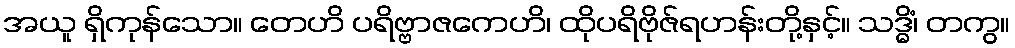
အယူ ရှိကုန်သော။ တေဟိ ပရိဗ္ဗာဇကေဟိ၊ ထိုပရိဗိုဇ်ရဟန်းတို့နှင့်။ သဒ္ဓိံ၊ တကွ။